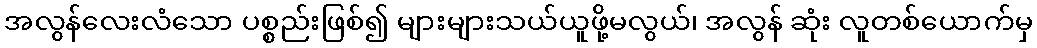
အလွန်လေးလံသော ပစ္စည်းဖြစ်၍ များများသယ်ယူဖို့မလွယ်၊ အလွန် ဆုံး လူတစ်ယောက်မှ